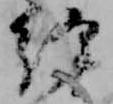
経